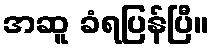
အဆူ ခံရပြန်ပြီ။